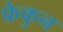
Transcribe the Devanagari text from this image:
फेकुन